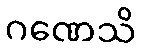
ဂဏေသိ